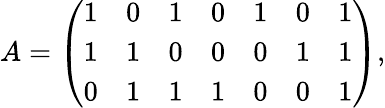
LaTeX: A=\left(\begin{array}{ccccccc}{{1}}&{{0}}&{{1}}&{{0}}&{{1}}&{{0}}&{{1}}\\ {{1}}&{{1}}&{{0}}&{{0}}&{{0}}&{{1}}&{{1}}\\ {{0}}&{{1}}&{{1}}&{{1}}&{{0}}&{{0}}&{{1}}\end{array}\right),